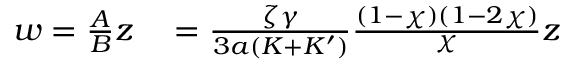
\begin{array} { r l } { w = \frac { A } { B } z } & { { } = \frac { \zeta \gamma } { 3 a ( K + K ^ { \prime } ) } \frac { ( 1 - \chi ) ( 1 - 2 \chi ) } { \chi } z } \end{array}